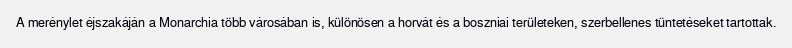
A merénylet éjszakáján a Monarchia több városában is, különösen a horvát és a boszniai területeken, szerbellenes tüntetéseket tartottak.